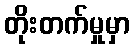
တိုးတက်မှုမှာ